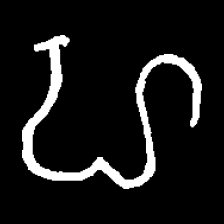
Pyu character \u2014 Myanmar letter: ဟ (romanized: ha)